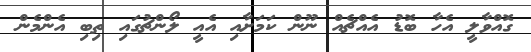
ގޮއްވާލީ އެހާ ބޮޑު އެއްޗެއް ނޫން ކަމަށާއި އެއީ ލޯންޗުގައި ތިބި އެންމެން